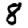
Digit: 8